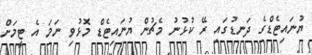
ޔުނައިޓެޑްގެ ދަނޑުގައި ރޭ ކުޅުނު މެޗުން ޔުނައިޓެޑް މޮޅުވި ނަމަ އެ ޓީމަށް